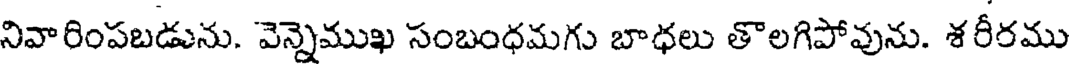
నివారింపబడును. వెన్నెముఖ సంబంధమగు బాధలు తొలగిపోవును. శరీరము